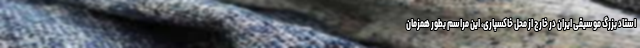
استاد بزرگ موسیقی ایران در خارج از محل خاکسپاری، این مراسم بطور همزمان